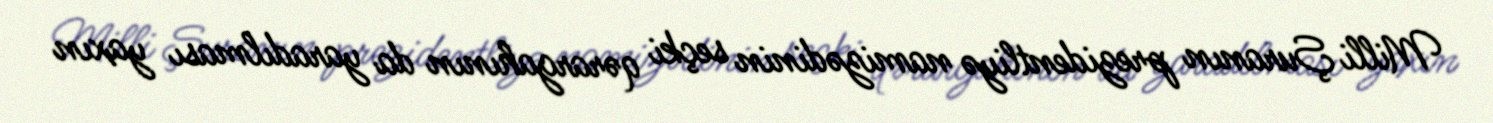
Milli Şuranın prezidentliyə namizədinin seçki qərargahının da yaradılması yaxın